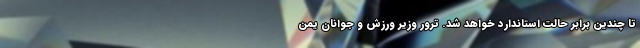
تا چندین برابر حالت استاندارد خواهد شد. ترور وزیر ورزش و جوانان یمن